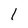
Character: l